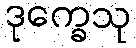
ဒုက္ခေသု